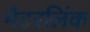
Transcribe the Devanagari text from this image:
मैटरलिंक